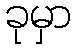
ခုမှာ